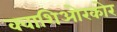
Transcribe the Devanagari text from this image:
क्वाशिओरकोर